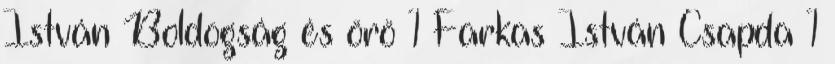
István Boldogság és örö 1 Farkas István Csapda 1